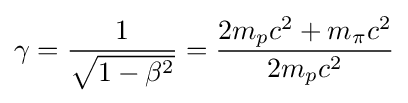
\gamma ={\frac {1}{\sqrt {1-\beta ^{2}}}}={\frac {2m_{p}c^{2}+m_{\pi }c^{2}}{2m_{p}c^{2}}}